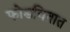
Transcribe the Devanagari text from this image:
फोडवितात